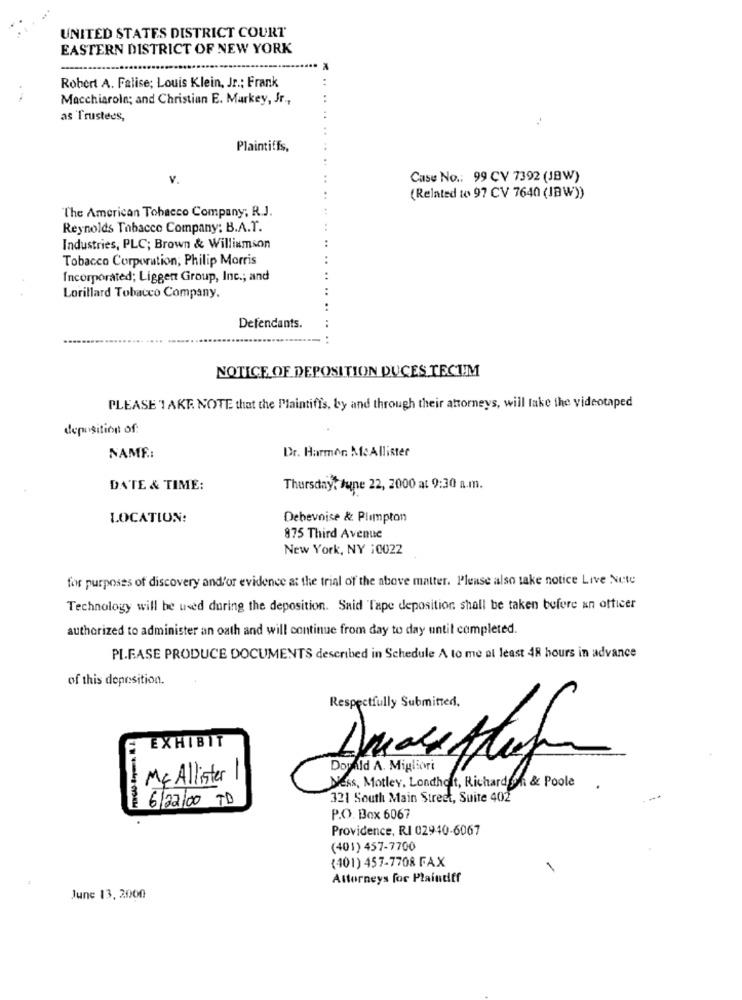
UNITED STATES DISTRICT COURT
EASTERN DISTRICT OF NEW YORK
Robert A. Falise; Louis Klein, Jr .; Frank
Macchiarole; and Christian E. Markey, Jr .,
as Trustees,
Plaintiffs,
v.
Case No .: 99 CV 7392 (JBW)
(Related to 97 CV 7640 (IBW))
"The American Tobacco Company; R.J.
Reynolds Tabacco Company: B.A.T.
Industries, PLC; Brown & Williamson
Tobacco Corporation; Philip Morris
Incorporated; Liggent Group, Inc .; and
Lorillard Tobacco Company.
Defendants.
NOTICE OF DEPOSITION DUCES TECT!M
PLEASE TAKE. NOTE that the Maintiffs, by and through their attorneys, will take the videotaped
deposition of:
NAME .:
Dr. Harmon McAllister
DATE & TIME:
Thursday, June 22, 2000 at 9:30 a.m.
LOCATION:
Debevoise & Plimpton
875 Third Avenue
New York, NY :0022
for purposes of discovery and/or evidence at the trial of the above matter. Please also take notice Live Nete
Technology will be used during the deposition. Said Tape deposition shall be taken before an officer
authorized to administer an oath and will continue from day to day until completed.
PI.FASE PRODUCE DOCUMENTS described in Schedule A to me at least 48 hours in advance
of this deposition.
Respectfully Submitted.
EXHIBIT
Doyald A. Migliori
Mc Allister
-
Ness, Motley, Londholt, Richardon & Poole
1 6/22/00 TD
321 South Main Street, Suite 402
P.O. Box 6067
Providence, RI 02940-6067
(401) 457-7700
(401) 457-7708 FAX
Attorneys for Plaintiff
June 13, 2000